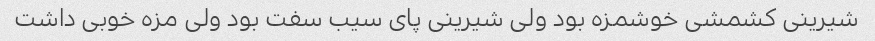
شیرینی کشمشی خوشمزه بود ولی شیرینی پای سیب سفت بود ولی مزه خوبی داشت